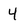
Character: 4